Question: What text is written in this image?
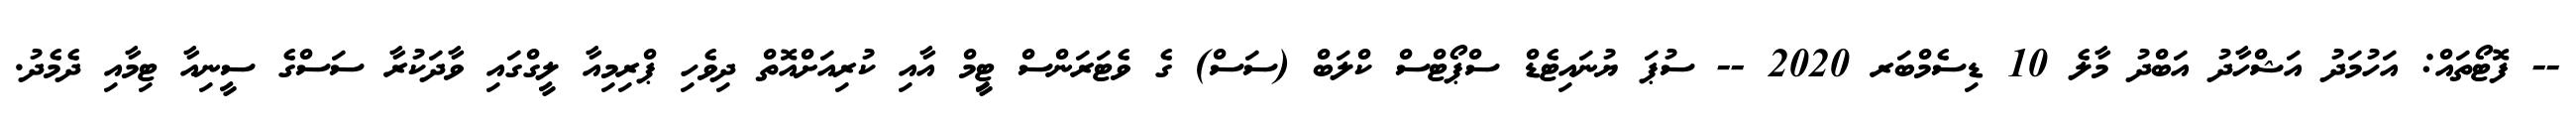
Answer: -- ފޮޓޯތައް: އަހުމަދު އަޝްހާދު އަބްދު މާލެ 10 ޑިސެމްބަރ 2020 -- ސުޕަ ޔުނައިޓެޑް ސްޕޯޓްސް ކްލަބް (ސަސް) ގެ ވެޓަރަންސް ޓިީމް އާއި ކުރިއަށްއޮތް ދިވެހި ޕްރިމިއާ ލީގްގައި ވާދަކުރާ ސަސްގެ ސީނިއާ ޓިމާއި ދެމެދު.